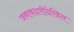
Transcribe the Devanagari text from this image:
जबाबदारीदेखिल